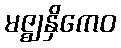
မဇ္ဈနှိကေဝ